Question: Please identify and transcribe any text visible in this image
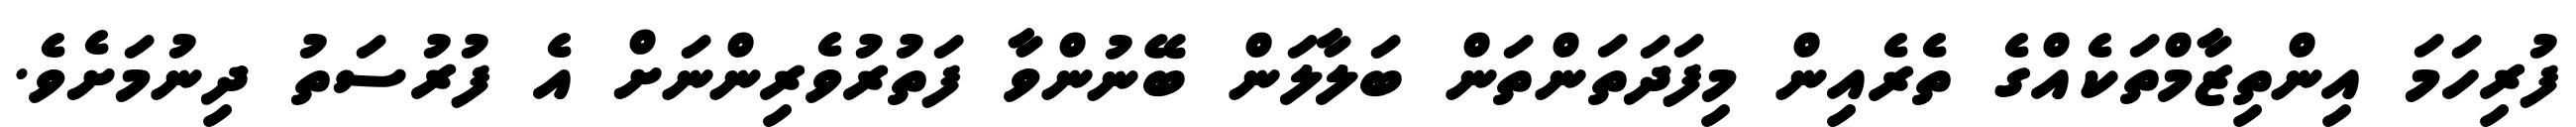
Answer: ފުރިހަމަ އިންތިޒާމްތަކެއްގެ ތެރެއިން މިފަދަތަންތަން ބަލާލަން ބޭނުންވާ ފަތުރުވެރިންނަށް އެ ފުރުސަތު ދިނުމަށެވެ.